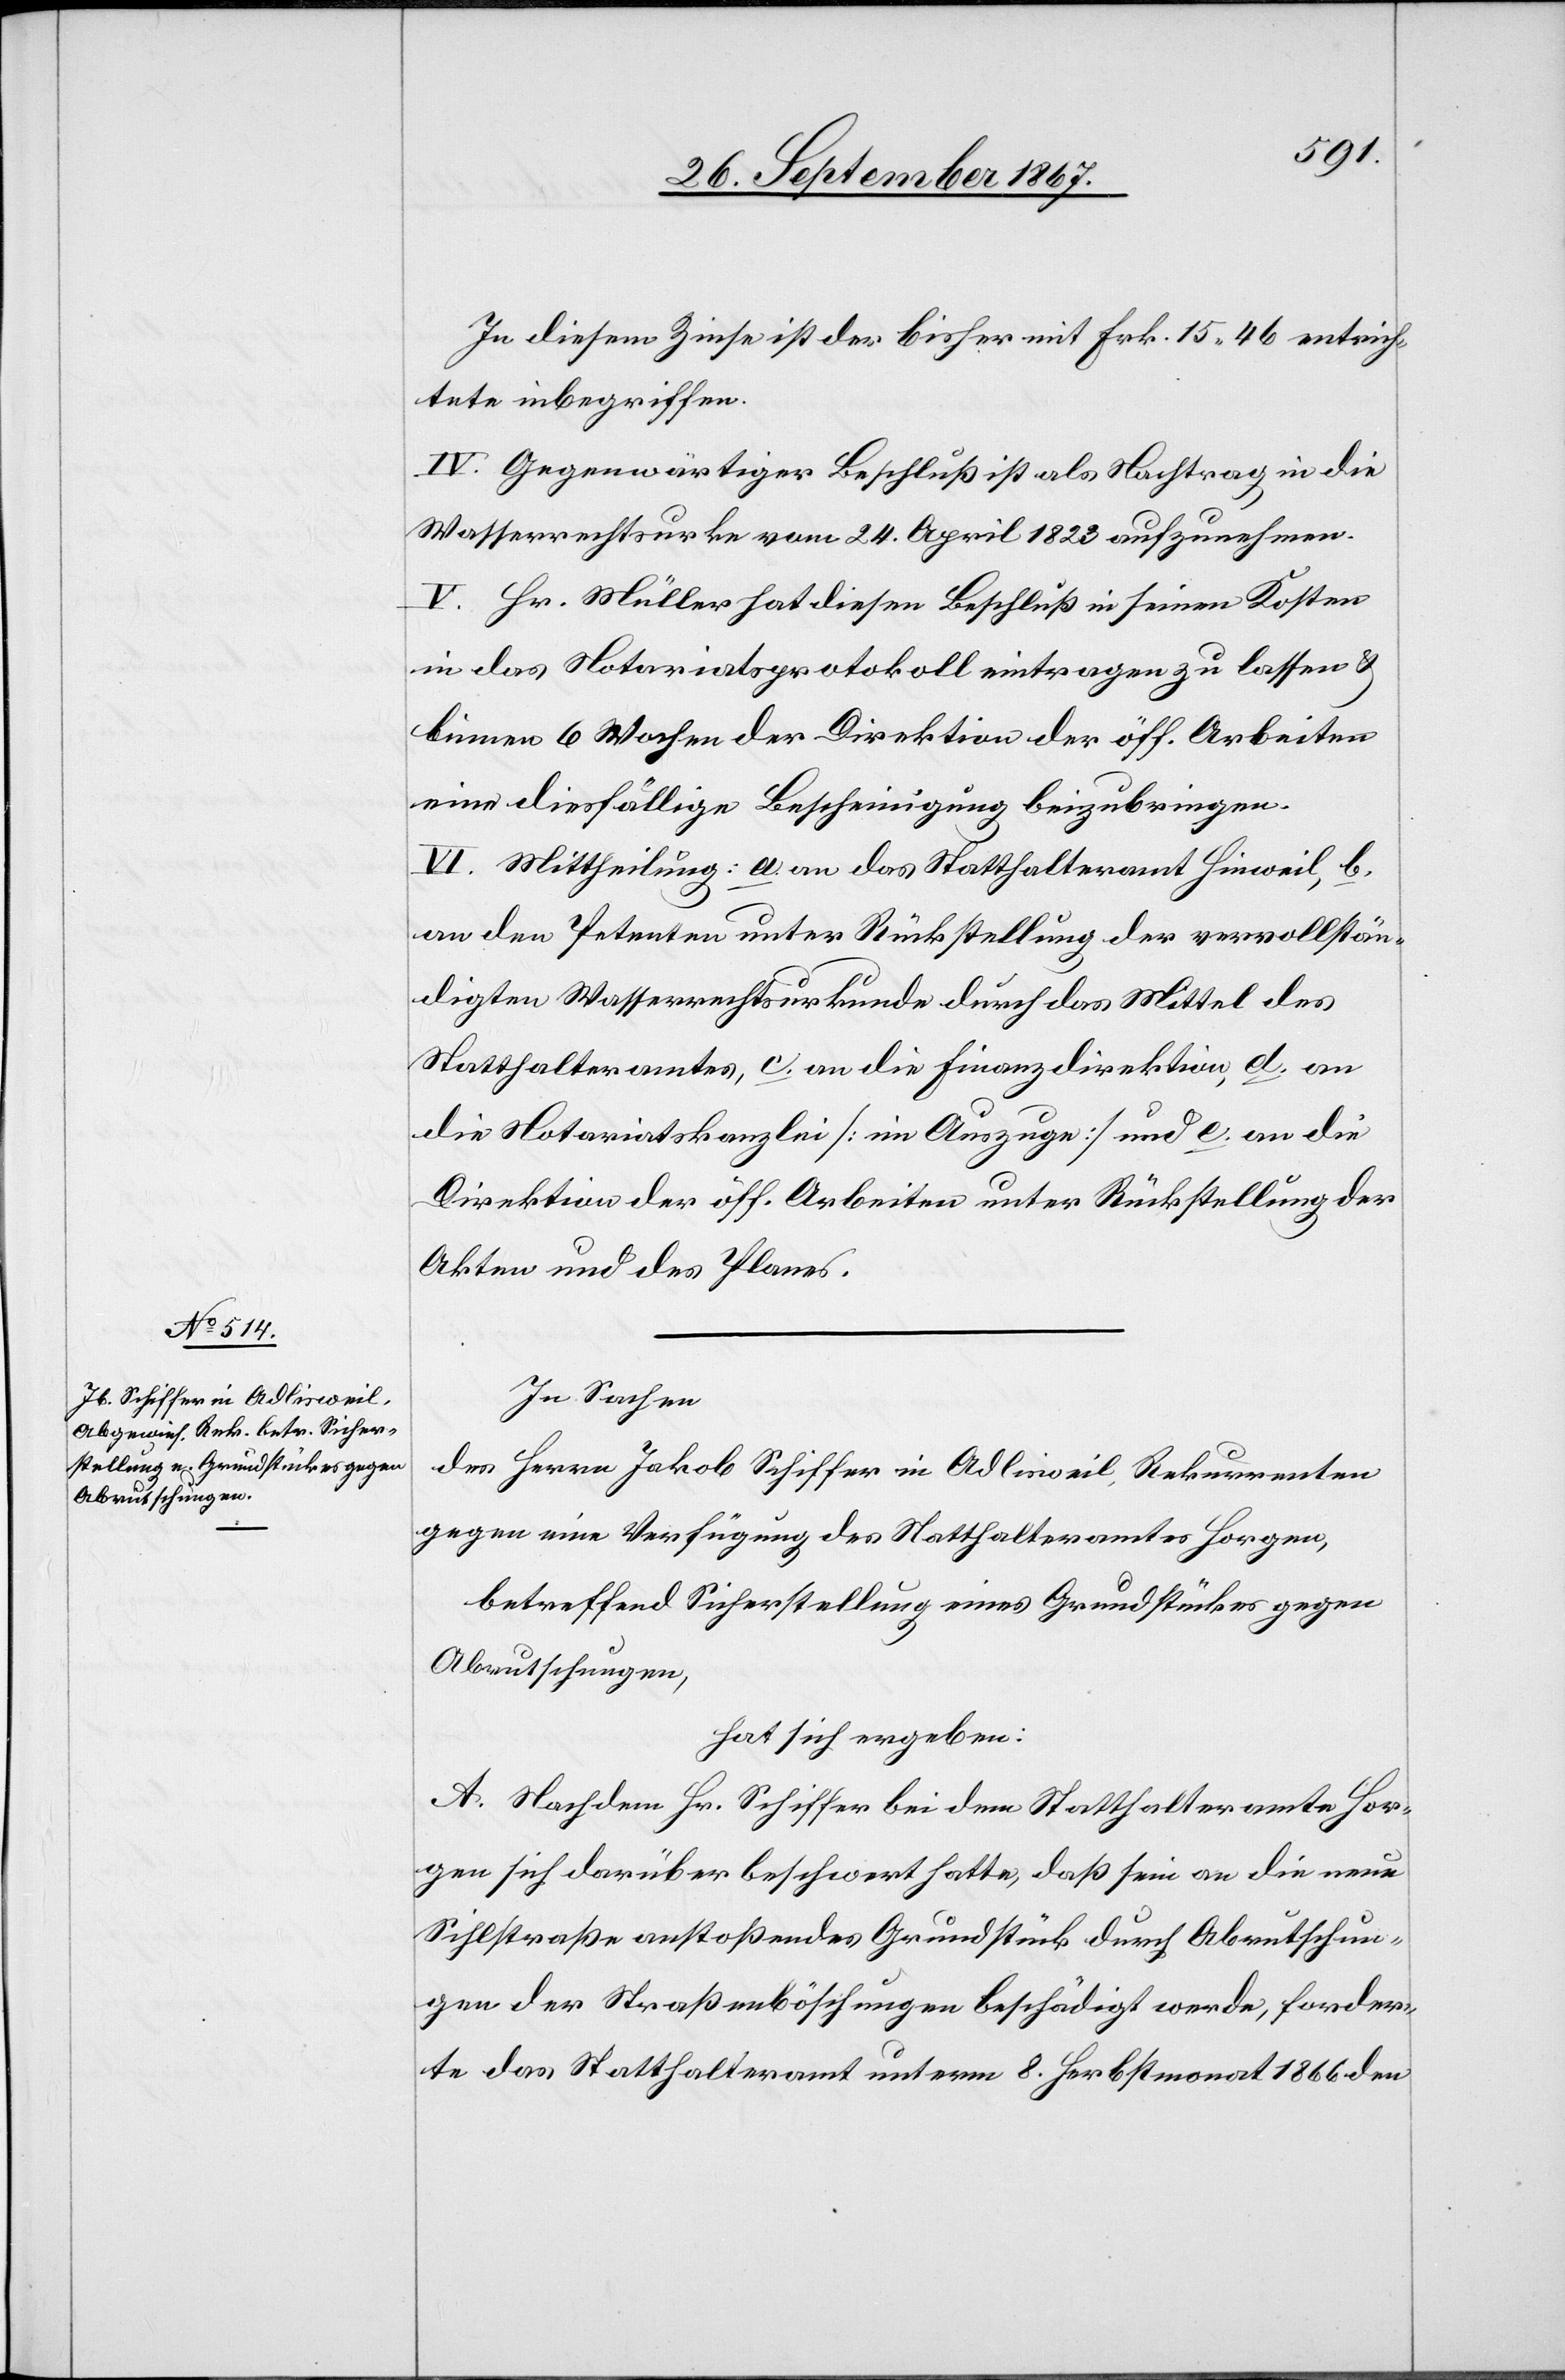
In diesem Zinse ist der bisher mit Frk. 15.46 entrich¬
tete inbegriffen.
IV. Gegenwärtiger Beschluß ist als Nachtrag in die
Wasserrechtsurkunde vom 24. April 1823 aufzunehmen.
V. Hr. Müller hat diesen Beschluß in seinen Kosten
in das Notariatsprotokoll eintragen zu lassen u.
binnen 6 Wochen der Direktion der öff. Arbeiten
eine diesfällige Bescheinigung beizubringen.
VI. Mittheilung: a. an das Statthalteramt Hinweil, b.
an den Petenten unter Rückstellung der vervollstän¬
digten Wasserrechtsurkunde durch das Mittel des
Statthalteramtes, c. an die Finanzdirektion, d. an
die Notariatskanzlei [im Auszuge] und e. an die
Direktion der öff. Arbeiten unter Rückstellung der
Akten und des Planes.
In Sachen
des Herrn Jakob Schiffer in Adlisweil, Rekurrenten
gegen eine Verfügung des Statthalteramtes Horgen,
betreffend Sicherstellung eines Grundstückes gegen
Abrutschungen,
hat sich ergeben:
A. Nachdem Hr. Schiffer bei dem Statthalteramte Hor¬
gen sich darüber beschwert hatte, daß sein an die neue
Sihlstraße anstoßendes Grundstück durch Abrutschun¬
gen der Straßenböschungen beschädigt werde, forder¬
te das Statthalteramt unterm 8. Herbstmonat 1977 den